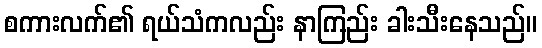
စကားလက်၏ ရယ်သံကလည်း နာကြည်း ခါးသီးနေသည်။